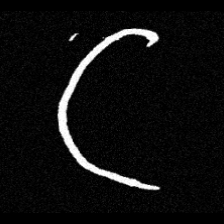
Pyu character \u2014 Myanmar letter: ဋ (romanized: tta)